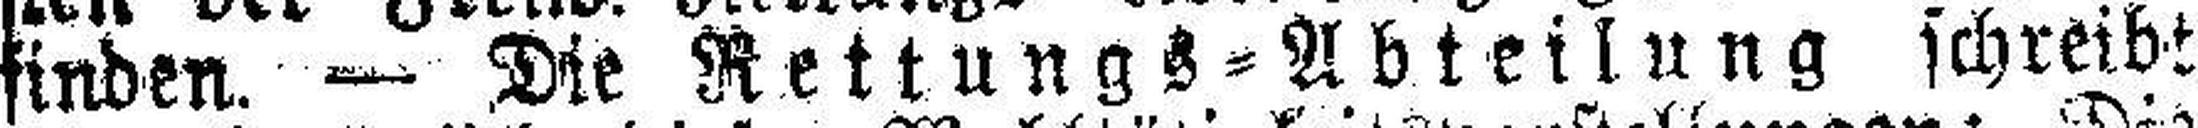
finden. — Die Rettungs=Abteilung schreibt